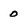
Character: 0